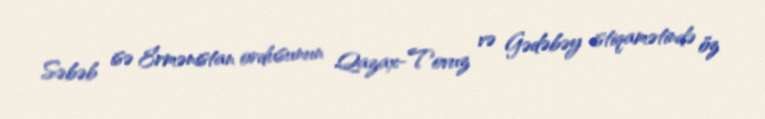
Səbəb isə Ermənistan ordusunun Qazax-Tovuz və Gədəbəy istiqamətində öz